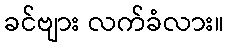
ခင်ဗျား လက်ခံလား။